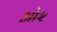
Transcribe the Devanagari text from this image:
ओ२